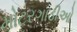
મોટરગાડીઓ